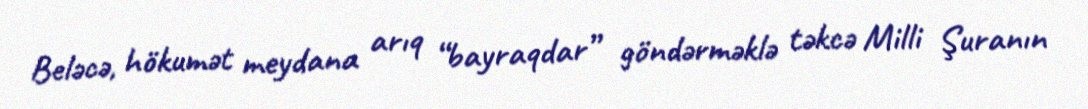
Beləcə, hökumət meydana arıq “bayraqdar” göndərməklə təkcə Milli Şuranın